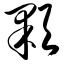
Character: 颗